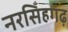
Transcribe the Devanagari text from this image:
नरसिँहगढ़